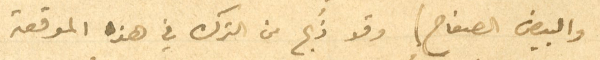
والبيض الصفاح، وقد ذَبح من الترك في هذه الموقعة